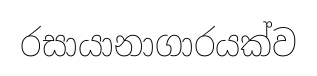
රසායානාගාරයක්ව